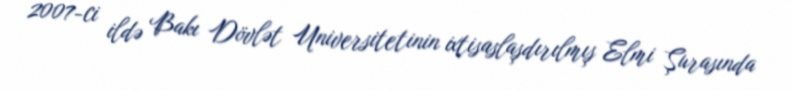
2007-ci ildə Bakı Dövlət Universitetinin ixtisaslaşdırılmış Elmi Şurasında